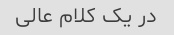
در یک کلام عالی